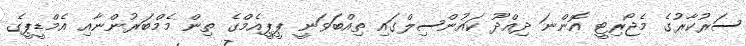
ސަރުކާރުގެ މެޖޯރިޓީ އޮންނަ ދިއްދޫ ކައުންސިލްގައި ތިއްބަވަނީ ޕީޕީއެމްގެ ތިން މެމްބަރުންނާއި އެމްޑީޕީގެ